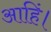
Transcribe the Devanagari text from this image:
आहिं।